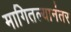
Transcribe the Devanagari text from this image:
मागितल्यानंतर